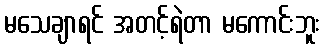
မသေချာရင် အတင့်ရဲတာ မကောင်းဘူး